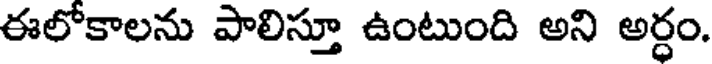
ఈలోకాలను పాలిస్తూ ఉంటుంది అని అర్ధం.